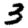
Digit: 3